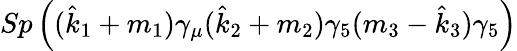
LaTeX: Sp\left({(\hat{k}_{1}+m_{1})\gamma_{\mu}(\hat{k}_{2}+m_{2})\gamma_{5}(m_{3}-\hat{k}_{3})\gamma_{5}}\right)